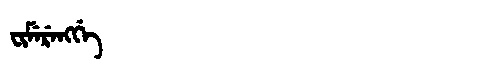
Manchu: ᠸᡳᠮᡝᡵᡝᠩᡤᡝ
Romanization: FIMERENGGE